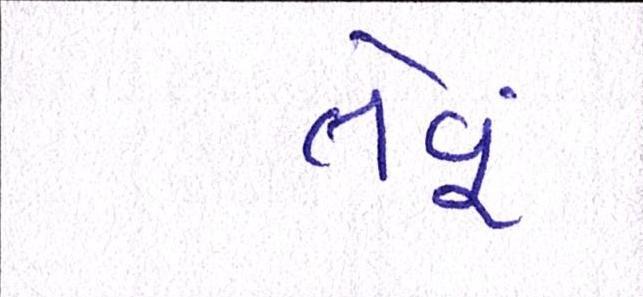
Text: તેવૂં